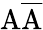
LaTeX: \mathrm A\overline{{\mathrm A}}